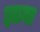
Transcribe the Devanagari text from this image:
झामा